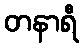
တနာရီ